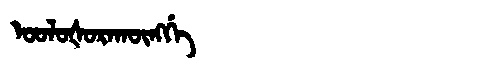
Manchu: ᠣᠣᠯᠣᡧᠣᡵᠠᡴᡡᠩᡤᡝ
Romanization: OOLOŠORAKŪNGGE